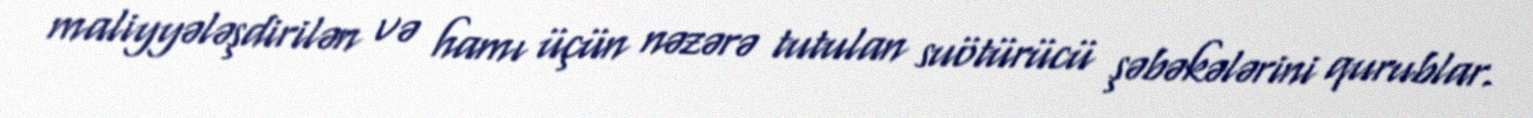
maliyyələşdirilən və hamı üçün nəzərə tutulan suötürücü şəbəkələrini qurublar.